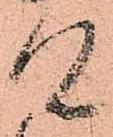
具